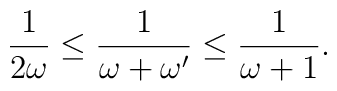
\frac{1}{2\omega}\leq\frac{1}{\omega+\omega^{\prime}}\leq\frac{1}{\omega+1}.